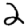
Digit: 2